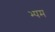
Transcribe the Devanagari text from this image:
भ्पम